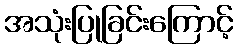
အသုံးပြုခြင်းကြောင့်